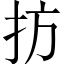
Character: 㧍